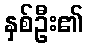
နှစ်ဦး၏